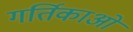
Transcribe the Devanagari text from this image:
गर्तिकाओं